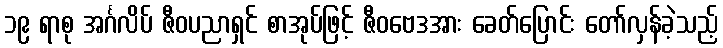
၁၉ ရာစု အင်္ဂလိပ် ဇီဝပညာရှင် စာအုပ်ဖြင့် ဇီဝဗေဒအား ခေတ်ပြောင်း တော်လှန်ခဲ့သည့်